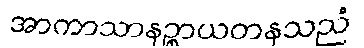
အာကာသာနဉ္စာယတနသညံ